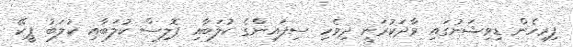
ފިރިހެން ޑިވިޝަނުގައި ވާދަކުރަނީ ދިވެހި ސިފައިންގެ ކުލަބާއި ޕޮލިސް ކުލަބާއި ކުލަބު ޕީކޭ